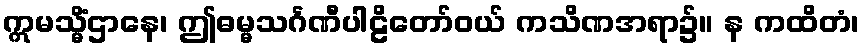
ဣမသ္မိံဌာနေ၊ ဤဓမ္မသင်္ဂဏီပါဠိတော်ဝယ် ကသိဏအရာ၌။ န ကထိတံ၊